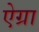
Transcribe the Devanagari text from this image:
ऐग्रा